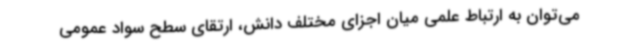
می‌توان به ارتباط علمی میان اجزای مختلف دانش، ارتقای سطح سواد عمومی